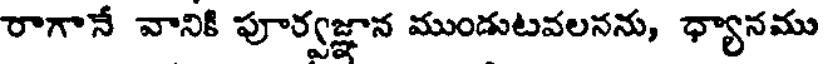
రాగానే వానికి పూర్వజ్ఞాన ముండుటవలనను, ధ్యానము